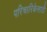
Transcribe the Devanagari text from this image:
परिचारिकेसाठी